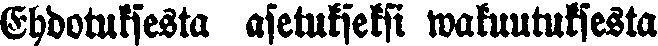
Ehdotuksesta asetukseksi wakuutuksesta